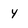
Character: 4